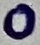
Text: 0